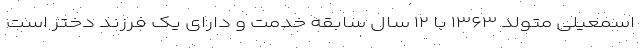
اسمعیلی متولد ۱۳۶۳ با ۱۲ سال سابقه خدمت و دارای یک فرزند دختر است